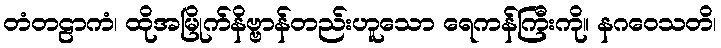
တံတဠာကံ၊ ထိုအမြိုက်နိဗ္ဗာန်တည်းဟူသော ရေကန်ကြီးကို။ နဂဝေသတိ၊